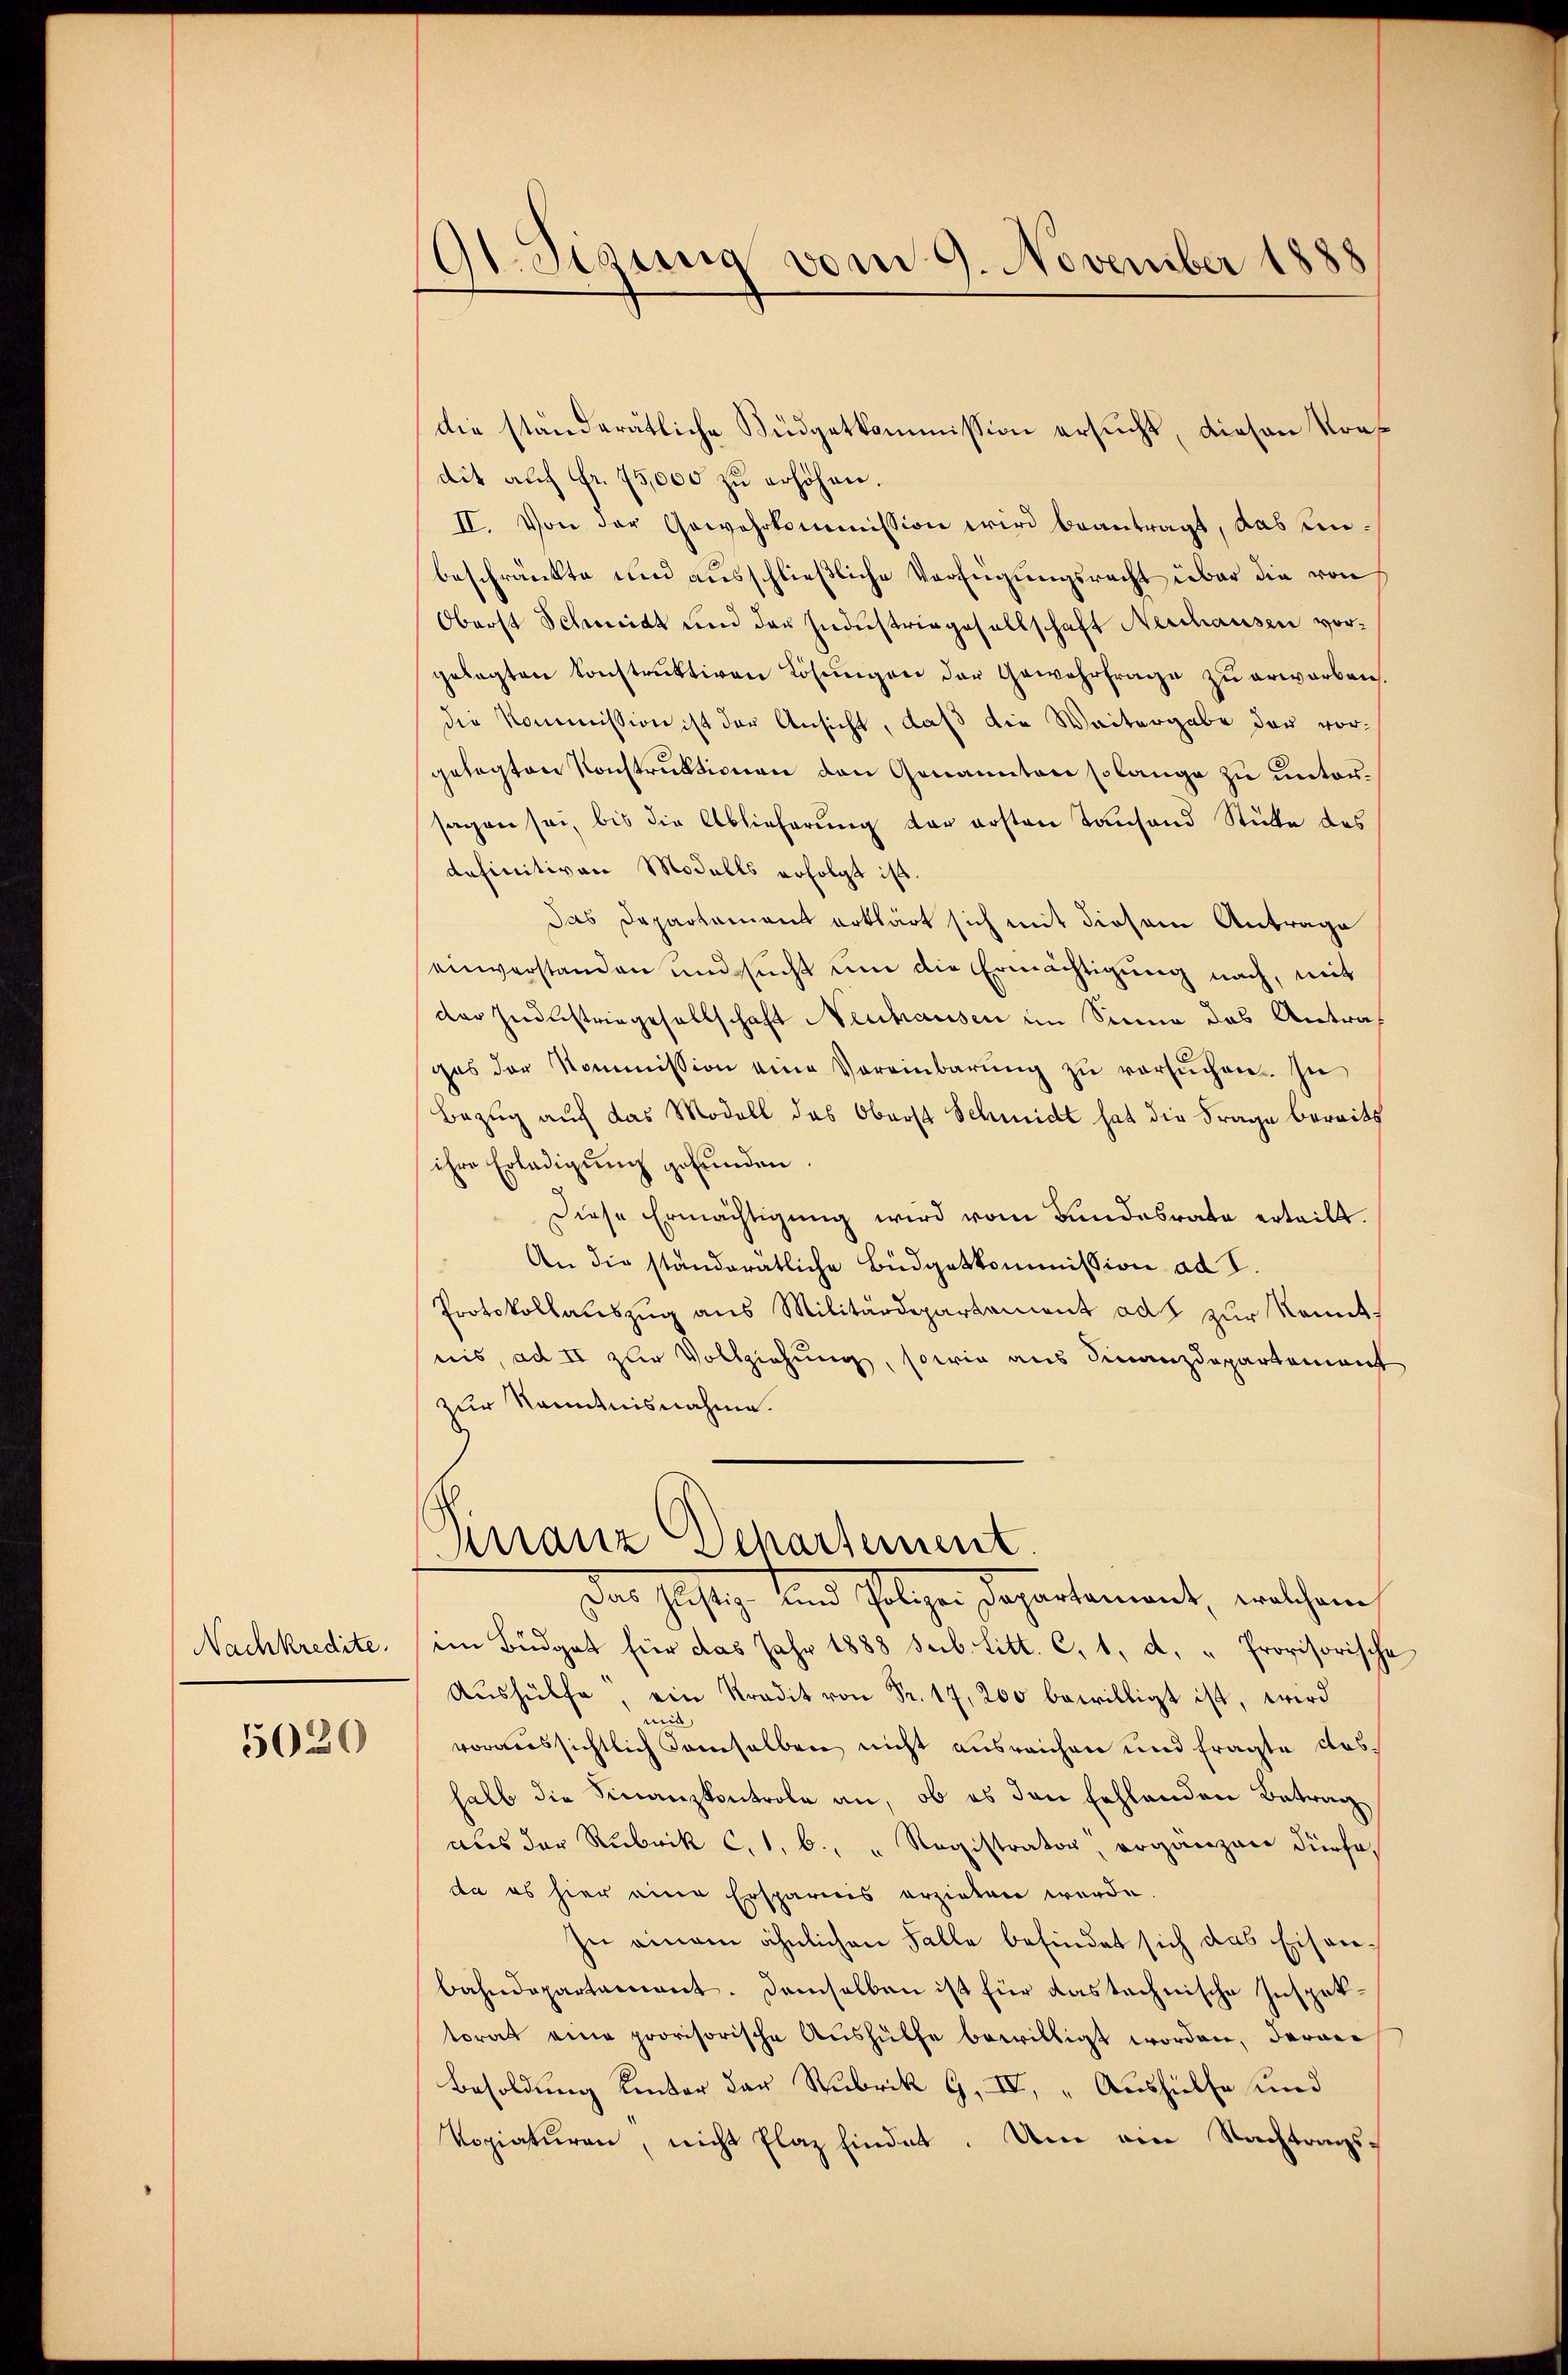
Nachkredite.

5020

l. Tigung vom 9. November 1888

die ständerätliche Büdgetkommission ersucht, diesen Vordit auf Fr. 75,000 zu erhöhen.
II. Von der Gewehrkommission wird beantragt, das unbeschränkte und ausschließliche Verfügungsrecht über die von
Oberst Scheidt ŭm der Industriegesellschaft Neuhausen vor-
gelegten Konstrŭktiven Lösŭngen der Gewehrfrage zŭ erwarben.
die Kommission ist der Ansicht, daß die Weitergabe der vorgelegten Konstruktionen den Genannten solange zu untersagen sei, bis die Ablieferung der ersten Tanfand Stücke des
definitiven Modalls erfolgt ist.
Das Departament erklärt sich mit diesem Antrage
einverstanden und sucht um die Ermächtigung nach, mit
der Industriegesellschaft Neuhausen im Sinne das Antrages der Kommission eine Vereinbarŭng zŭ versŭchen. In
Bezug auf das Modell das Oberst Schmidt hat die Frage bereits
ihre Erledigung gefunden.
Diese Ermächtigung wird vom Bundesrate erteilt.
An die ständeratliche Büdgetkommission ad I.
Protokollauszug aus Militärdepartement ad zur Kenntnis, ad II zur Vollziehung, sowie aus Finanzdepartement
zur Kenntnisnahme.
Finanz Dehartement
Das Justiz, und folgen Departement, welchem
im Büdget für das Jahr 1888 sub. Litt. C, 1, d. " Provisorische
Aŭshülfe, ein Kredit von Fr. 17, 200 bewilligt ist, wird
voraussichtlich demselben nicht ausreichen und fragte dashalb die Finanzkontrole an, ob es den fehlenden Betrag
aus der Rubrik C, 1, b. " Registrator, erganzen dürfe,
da es hier eine Ersparnis erzielen werde.
zu einem ähnlichen Falle befindet sich das Eisenbahndepartement. Demselben ist für das technische Inspektorat eine provisorische Aŭshülfe bewilligt worden, daran
Besoldung Kenter der Rubrik G, IV, „Aushülfe und
Vopiaturen, nicht Plaz findet. Um ein Nachtrags¬